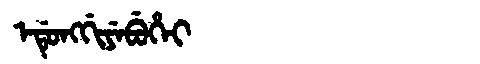
Manchu: ᡝᡩᡠᠩᡤᡳᠶᡝᠪᡠᡥᡝᡳ
Romanization: EDUNGGIYEBUHEI